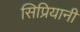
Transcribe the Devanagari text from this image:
सिप्रियानी